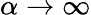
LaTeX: \alpha\to\infty